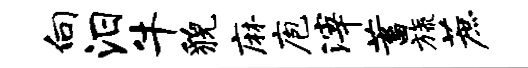
向汨牛貌麻庖滓蓄旒蔗